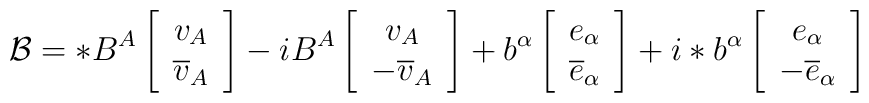
\mathcal{B}=*B^A\left[\begin{array}{c} v_A \\\overline{v}_A\end{array} \right]-iB^A\left[\begin{array}{c} v_A \\-\overline{v}_A\end{array} \right]+b^{\alpha}\left[\begin{array}{c} e_{\alpha} \\\overline{e}_{\alpha} \end{array}\right]+i*b^{\alpha}\left[\begin{array}{c} e_{\alpha} \\-\overline{e}_{\alpha} \end{array}\right]